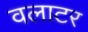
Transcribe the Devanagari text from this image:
वलाटर